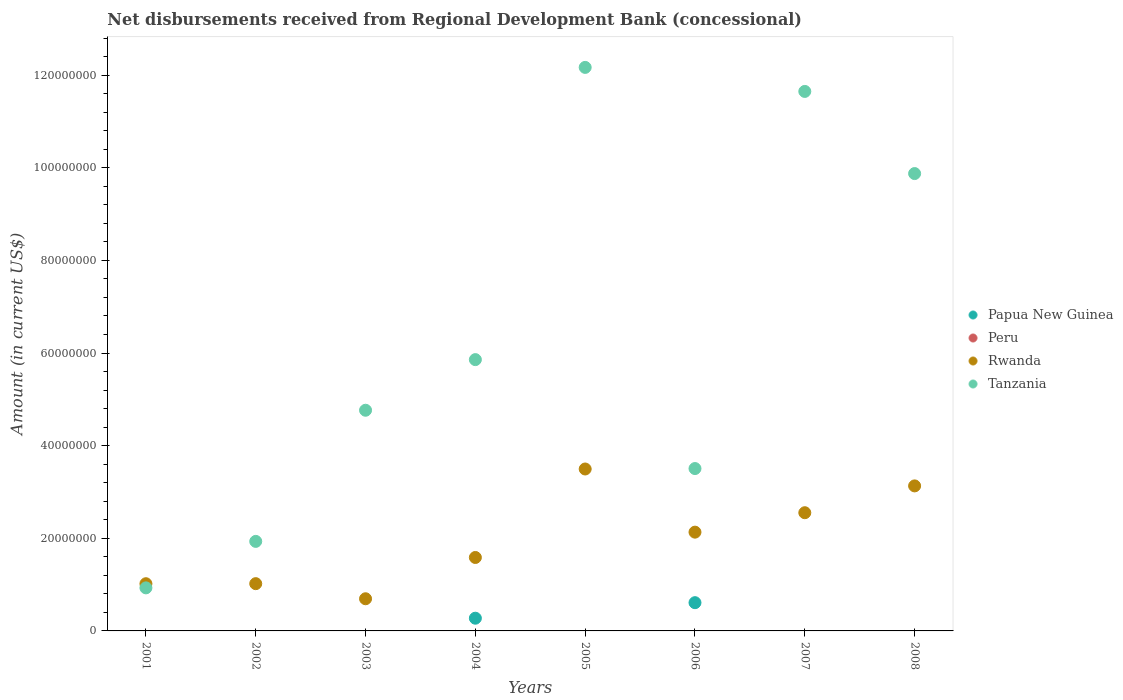
| Years | Papua New Guinea | Peru | Rwanda | Tanzania |
 | --- | --- | --- | --- | --- |
 | 2001 | -3.19e+06 | -1.05e+07 | 1.02e+07 | 9.3e+06 |
 | 2002 | -1.52e+06 | -1.04e+07 | 1.02e+07 | 1.93e+07 |
 | 2003 | -1.89e+06 | -1.15e+07 | 6.94e+06 | 4.76e+07 |
 | 2004 | 2.74e+06 | -1.13e+07 | 1.59e+07 | 5.86e+07 |
 | 2005 | -1.34e+06 | -1.11e+07 | 3.5e+07 | 1.22e+08 |
 | 2006 | 6.1e+06 | -9.76e+06 | 2.13e+07 | 3.51e+07 |
 | 2007 | -2.9e+06 | -9.12e+06 | 2.55e+07 | 1.16e+08 |
 | 2008 | -7.58e+06 | -8.53e+06 | 3.13e+07 | 9.87e+07 |